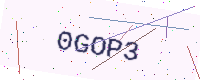
Text: 0GOP3